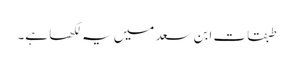
طبقات ابن سعد میں یہ لکھا ہے۔